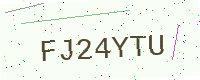
Text: FJ24YTU